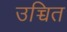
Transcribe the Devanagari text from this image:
उच्चित